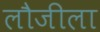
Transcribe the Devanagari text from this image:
लौजीला